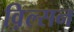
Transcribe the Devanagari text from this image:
व़िल्सन